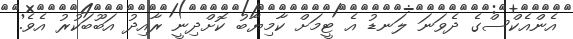
އެންއެކްސްގެ ދެވަނަ ލަނޑު އެ ޓީމަށް ކާމިޔާބު ކޮށްދިނީ ރާއިދު އަބޫބަކުރު އެވެ.